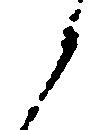
候